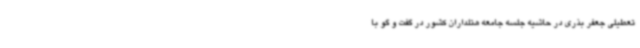
تعطیلی جعفر بذری در حاشیه جلسه جامعه هتلداران کشور در گفت و گو با